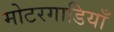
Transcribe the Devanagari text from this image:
मोटरगाडियाँ